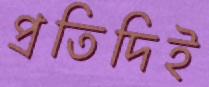
প্রতিদিই